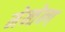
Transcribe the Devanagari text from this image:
मेन्तेन्ग